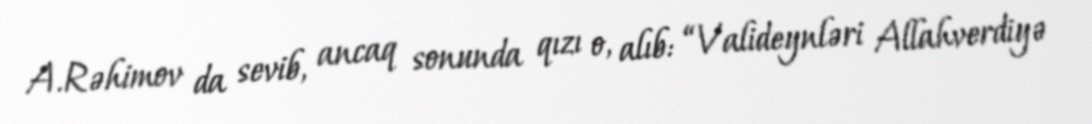
A.Rəhimov da sevib, ancaq sonunda qızı o, alıb: “Valideynləri Allahverdiyə